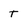
Character: T